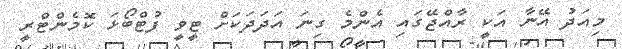
މިއަދު އޭނާ އަކީ ރާއްޖޭގައި އެންމެ ގިނަ އަދަދަކަށް ޓީވީ ފުޓްބޯޅަ ކޮމެންޓްރީ